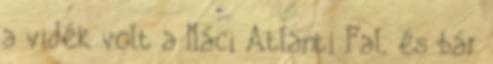
a vidék volt a Náci Atlanti Fal, és bár